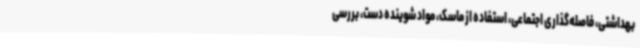
بهداشتی، فاصله‌گذاری اجتماعی، استفاده از ماسک، مواد شوینده دست، بررسی